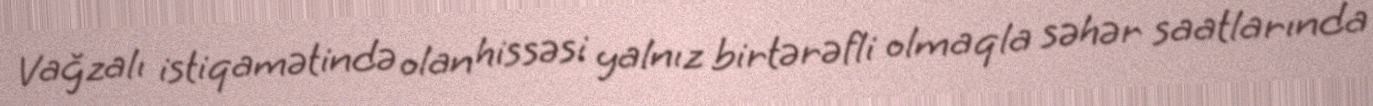
Vağzalı istiqamətində olan hissəsi yalnız birtərəfli olmaqla səhər saatlarında